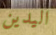
اليدين